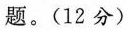
题。(12分)